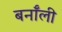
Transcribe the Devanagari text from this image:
बर्नॉली